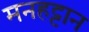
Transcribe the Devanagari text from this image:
मनहट्टान